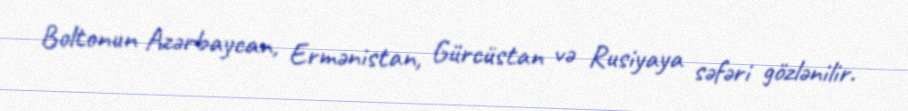
Boltonun Azərbaycan, Ermənistan, Gürcüstan və Rusiyaya səfəri gözlənilir.